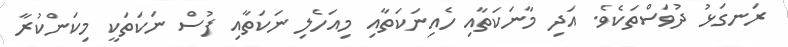
ރަނގަޅު ދުވަސްތަކެވެ. އަދި މާނަކަތާއި ހެއިނަކަތާއި މިއަހެލި ނަކަތާއި ފުސް ނަކަތަކީ މިކަންކުރާ